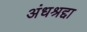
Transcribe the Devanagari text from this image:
अंधश्रद्दा